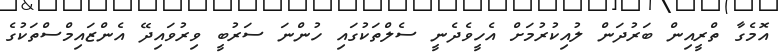
އޮމެގާ ތްރީއިން ބަރުދަން ލުއިކުރުމަށް އެހީވެދެނީ ސެލްތަކުގައި ހުންނަ ސަރުބީ ވިރުވައިދޭ އެންޒައިމްސްތަކުގެ